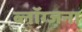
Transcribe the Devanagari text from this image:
ब्लॉग्जना